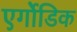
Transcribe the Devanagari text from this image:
एर्गोडिक